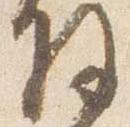
将